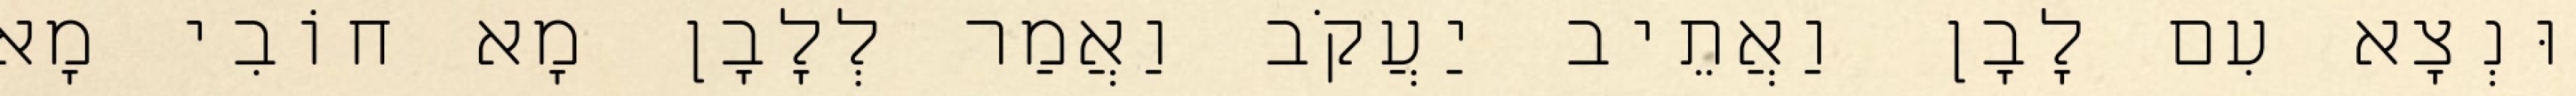
וּנְצָא עִם לָבָן וַאֲתֵיב יַעֲקֹב וַאֲמַר לְלָבָן מָא חוֹבִי מָא